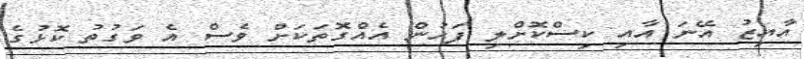
އާއިޒު އޭނަ އާއި ކިސްކޮށްލި ފަހުން އެއްގޮތަކަށް ވެސް އެ ވަގުތު ކޮޅުގެ